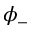
\phi _ { - }